Indian journal of veterinary science and animal husbandry - Volumes 18-21, 1948-1951
Year: 1948
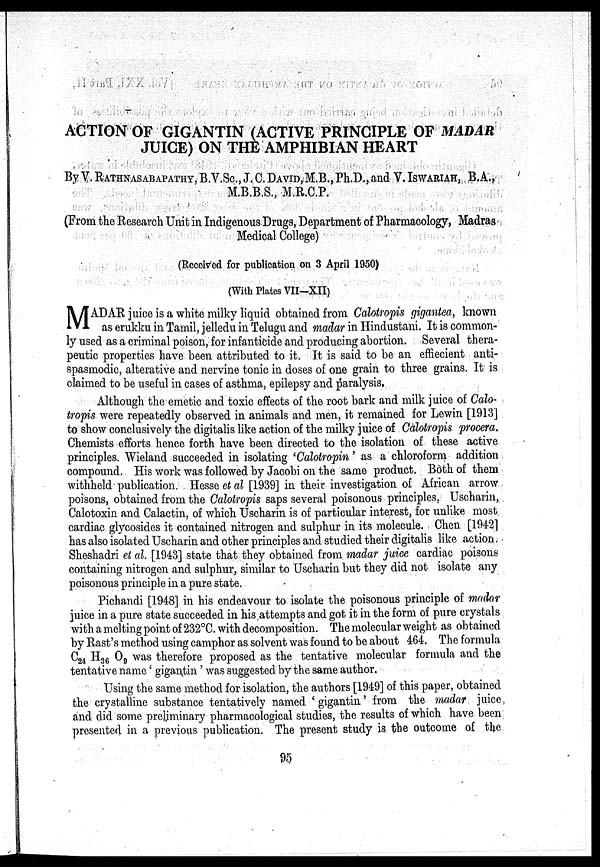
ACTION OF GIGANTIN (ACTIVE PRINCIPLE OF MADAR
JUICE) ON THE AMPHIBIAN HEART
By V. RATHNASABAPATHY, B.V.Sc., J. C. DAVID, M.B., Ph.D., and V. ISWARIAH, B.A.,
M.B.B.S., M.R.C.P.
(From the Research Unit in Indigenous Drugs, Department of Pharmacology, Madras
Medical College)
(Received for publication on 3 April 1950)
(With Plates VII-XII)
M ADAR juice is a white milky liquid obtained from Calotropis gigantea, known
as erukku in Tamil, jelledu in Telugu and madar in Hindustani. It is common-
ly used as a criminal poison, for infanticide and producing abortion. Several thera-
peutic properties have been attributed to it. It is said to be an effiecient anti-
spasmodic, alterative and nervine tonic in doses of one grain to three grains. It is
claimed to be useful in cases of asthma, epilepsy and paralysis.
Although the emetic and toxic effects of the root bark and milk juice of Calo-
tropis were repeatedly observed in animals and men, it remained for Lewin [1913]
to show conclusively the digitalis like action of the milky juice of Calotropis procera.
Chemists efforts hence forth have been directed to the isolation of these active
principles. Wieland succeeded in isolating 'Calotropin' as a chloroform addition
compound. His work was followed by Jacobi on the same product. Both of them
withheld publication. Hesse et al [1939] in their investigation of African arrow
poisons, obtained from the Calotropis saps several poisonous principles, Uscharin,
Calotoxin and Calactin, of which Uscharin is of particular interest, for unlike most
cardiac glycosides it contained nitrogen and sulphur in its molecule. Chen [1942]
has also isolated Uscharin and other principles and studied their digitalis like action.
Sheshadri et al. [1943] state that they obtained from madar juice cardiac poisons
containing nitrogen and sulphur, similar to Uscharin but they did not isolate any
poisonous principle in a pure state.
Pichandi [1948] in his endeavour to isolate the poisonous principle of madar
juice in a pure state succeeded in his attempts and got it in the form of pure crystals
with a melting point of 232°C. with decomposition. The molecular weight as obtained
by Rast's method using camphor as solvent was found to be about 464. The formula
C 24 H 36 O 9 was therefore proposed as the tentative molecular formula and the
tentative name 'gigantin' was suggested by the same author.
Using the same method for isolation, the authors [1949] of this paper, obtained
the crystalline substance tentatively named 'gigantin' from the madar juice
and did some preliminary pharmacological studies, the results of which have been
presented in a previous publication. The present study is the outcome of the
95